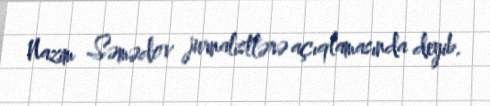
Nazim Səmədov jurnalistlərə açıqlamasında deyib.